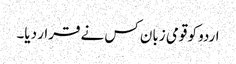
اردو کو قومی زبان کس نے قرار دیا۔